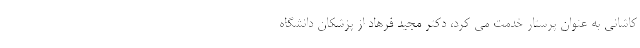
کاشانی به عنوان پرستار خدمت می کرد، دکتر مجید فرهاد از پزشکان دانشگاه